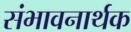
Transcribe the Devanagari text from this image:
संभावनार्थक